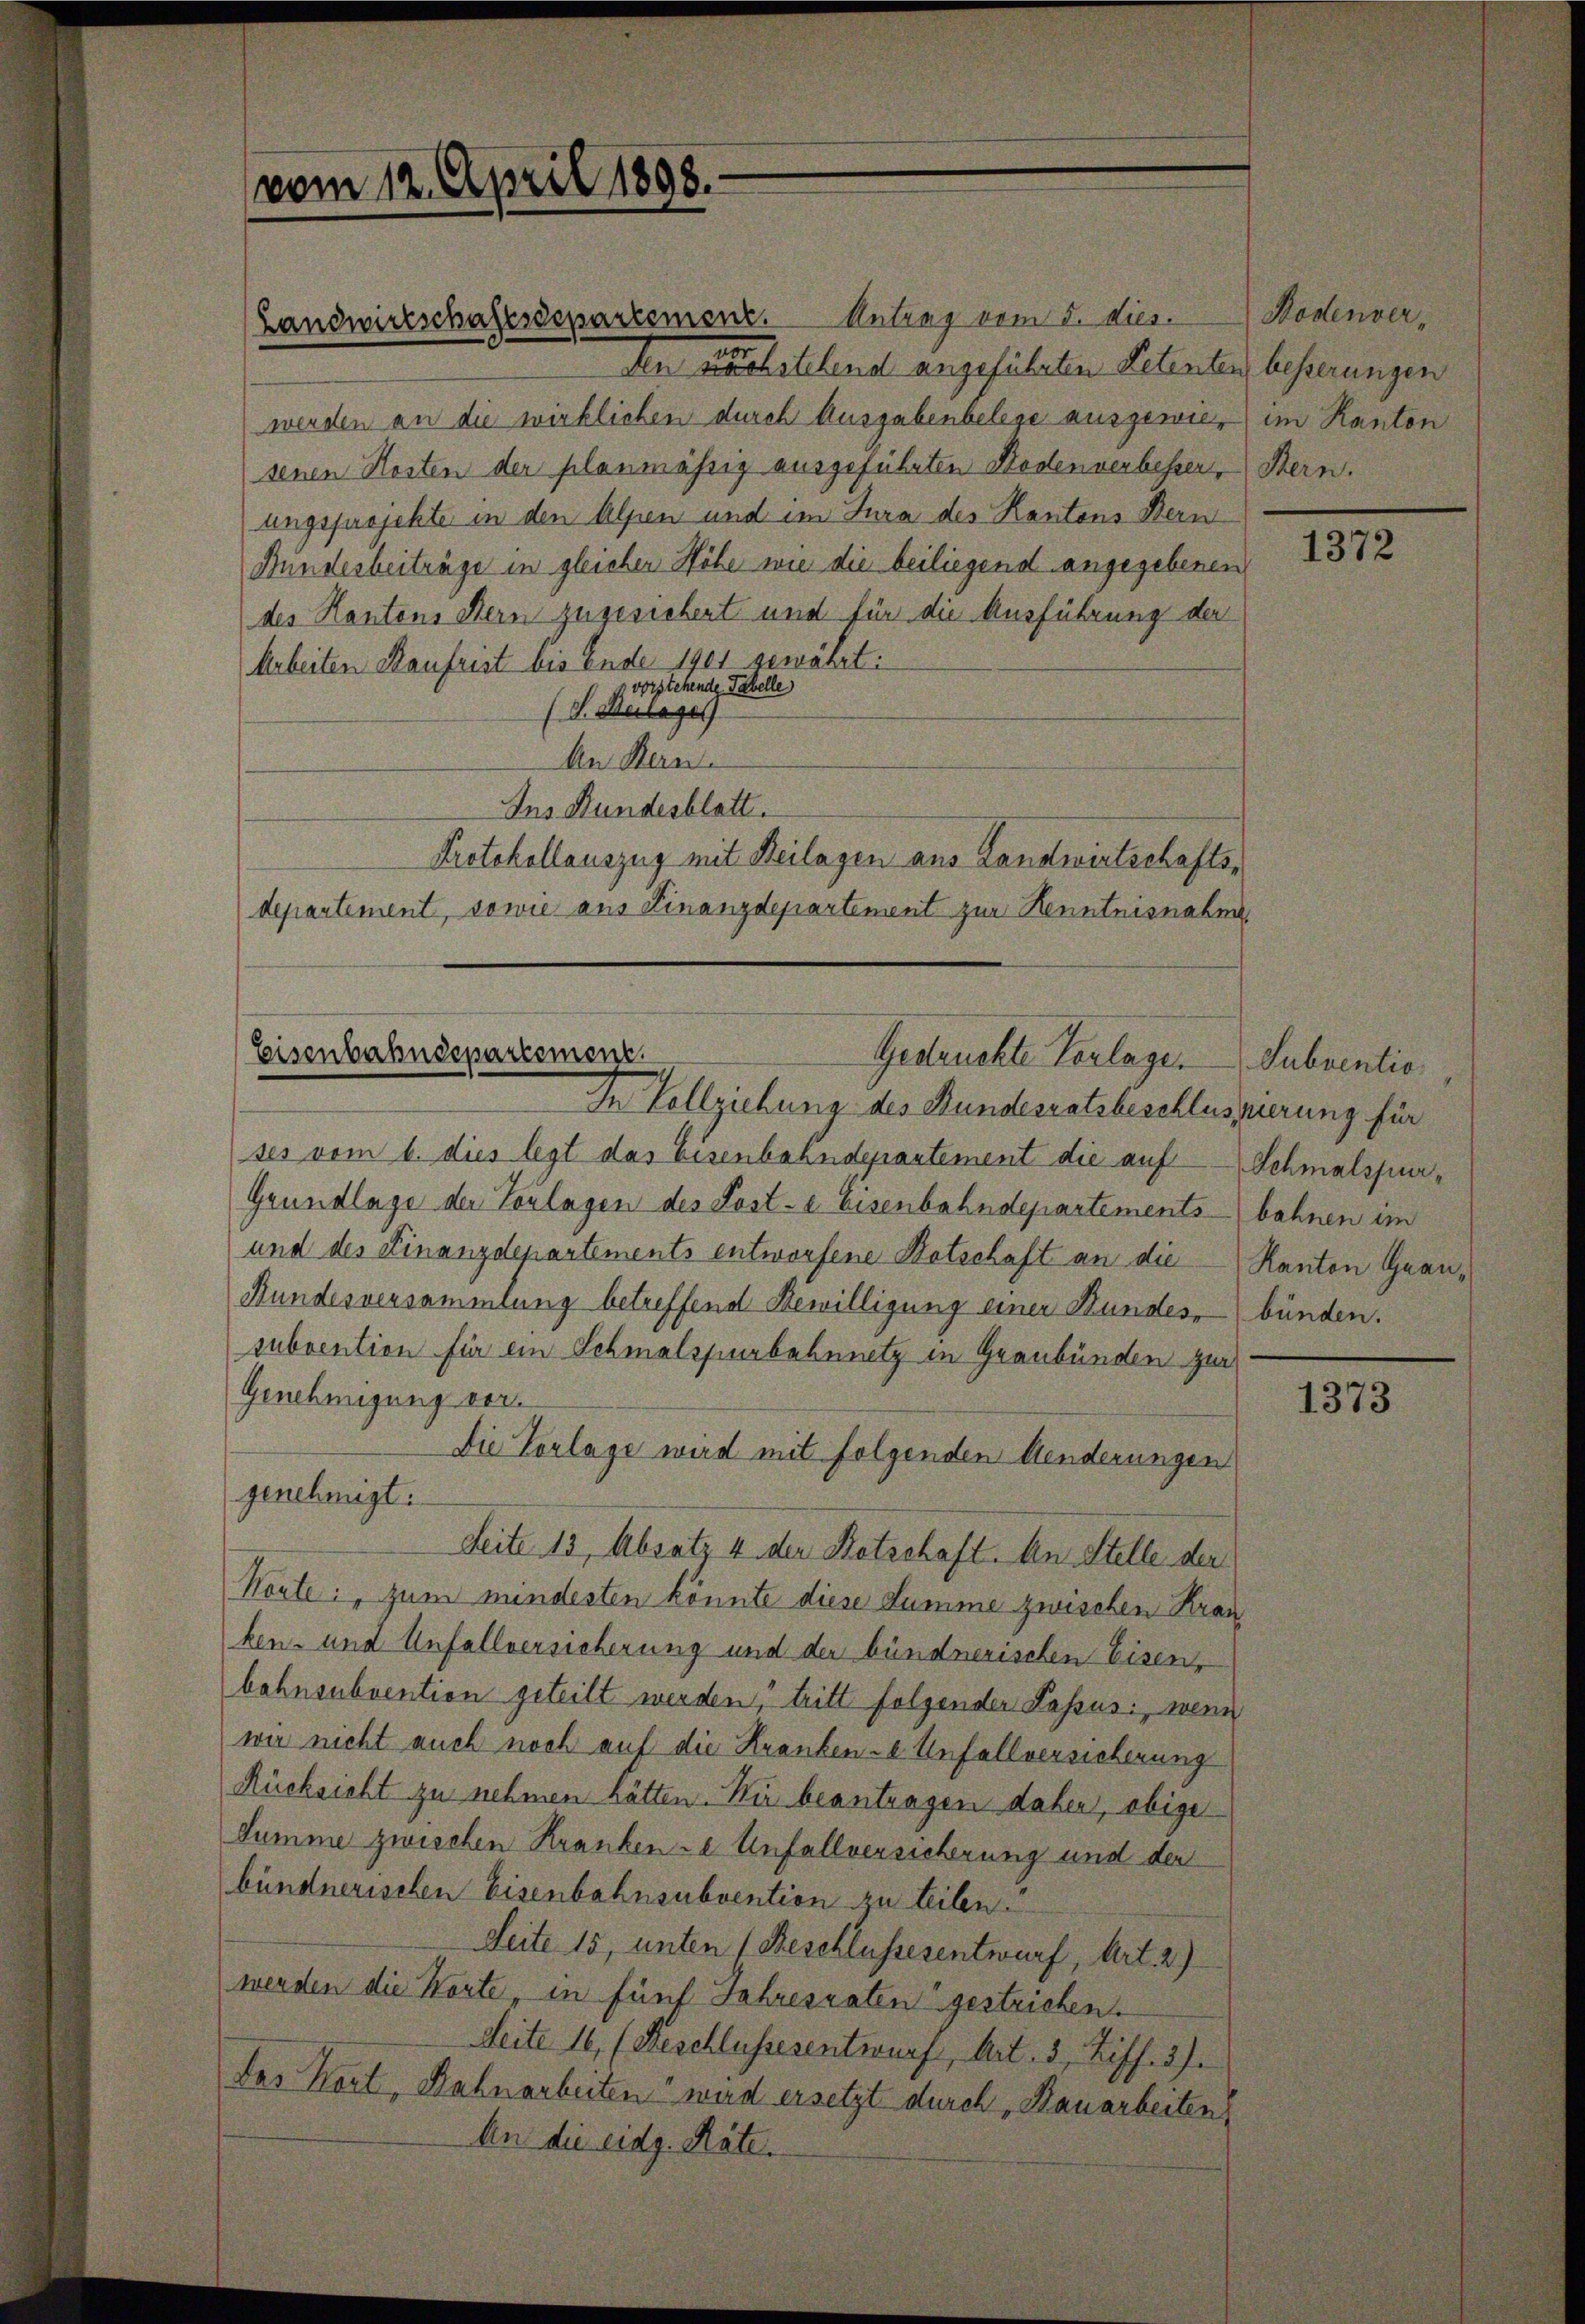
vom 12. April 1898.

Antrag vom 5. dies
den nächstehend angeführten Petenten, besserungen
werden an die wirklichen durch Ausgabenbelege ausgewie, im Kanton
senen Kosten der planmässig ausgeführten Kodenverbesser Bern.
ungsprojekte in den Alpen und im Jura des Kantons Bern
Bundesbeiträge in gleicher Höhe wie die beiliegend angegebenen
des Kantons Bern zugesichert und für die Ausführung der
Arbeiten Kaufrist bis Ende 1901 gewährt:
p vorstehende Tabelle
(d. Anlages
An Bern.
Ins Hundesblatt.
Protokollauszug mit Beilagen aus Landwirtschaftsdepartement, sowie aus Finanzdepartement zur Kenntnisnahen

Landwirtschaftsdepartement.

Eisenbahndepartement.
Gestruckte Verlage. Subventio

In Vollziehung des Bundesratsbeschlussierung für
ses vom 6. dies legt das Eisenbahndepartement die auf Schmalspur¬
Grundlage der Vorlagen des Post-e Eisenbahndepartementsbahnen im
und der Finanzdepartements entworfene Botschaft an die Kanton Grau¬
Bundesversammlung betreffend Bewilligung einer Bundes bünden.
subvention für ein Schmalspurbahnnetz in Graubünden zur
Genehmigung vor.
Die Vorlage wird mit folgenden Aenderungen
genehmigt.
Seite 13, Absatz 4 der Botschaft. An Stelle der
Korte: " zum mindesten könnte diese Summe zwischen Kran
ken- und Unfallversicherung und der bündnerischen Eisen,
bahnsubvention geteilt werden, tritt folgender Lassus: wenn
wir nicht auch noch auf die Krankende Unfallversicherung
Rücksicht zu nehmen hätten. Wir beantragen daher, obiger
Summe zwischen Kranken ze Unfallversicherung und der
bündnerischen Eisenbahnsubvention zu teilen.
Seite 15, unten (Beschlussesentwurf, Art. 2)
werden die Worte, in fünf Jahresraten gestrichen.
Seite 16, (Geschlussesentwurf, Art. 3, Ziff. 3).
Das Kort, Bahnarbeiten wird ersetzt durch „Bauarbeiten
An die eidg. Räte.

Bodenver¬

1372

1373